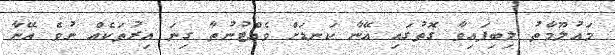
މައުލޫމާތު ލިބިފައިވާ ގޮތުގައި އޭނާ ކަނޑަށް ވެއްޓުނުތާ ގިނަ އިރުތަކެއް ނުވެ އޭނާ